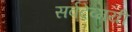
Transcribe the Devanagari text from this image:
सर्वदेव्मयी